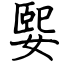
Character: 媐